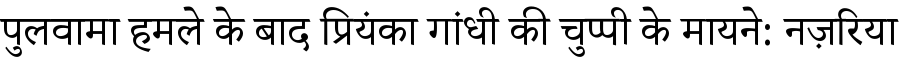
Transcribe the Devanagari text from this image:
पुलवामा हमले के बाद प्रियंका गांधी की चुप्पी के मायने: नज़रिया